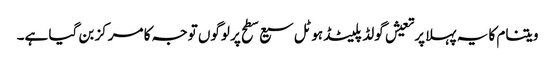
ویتنام کا یہ پہلا پرتعیش گولڈ پلیٹڈ ہوٹل سیع سطح پر لوگوں توجہ کا مرکز بن گیا ہے۔